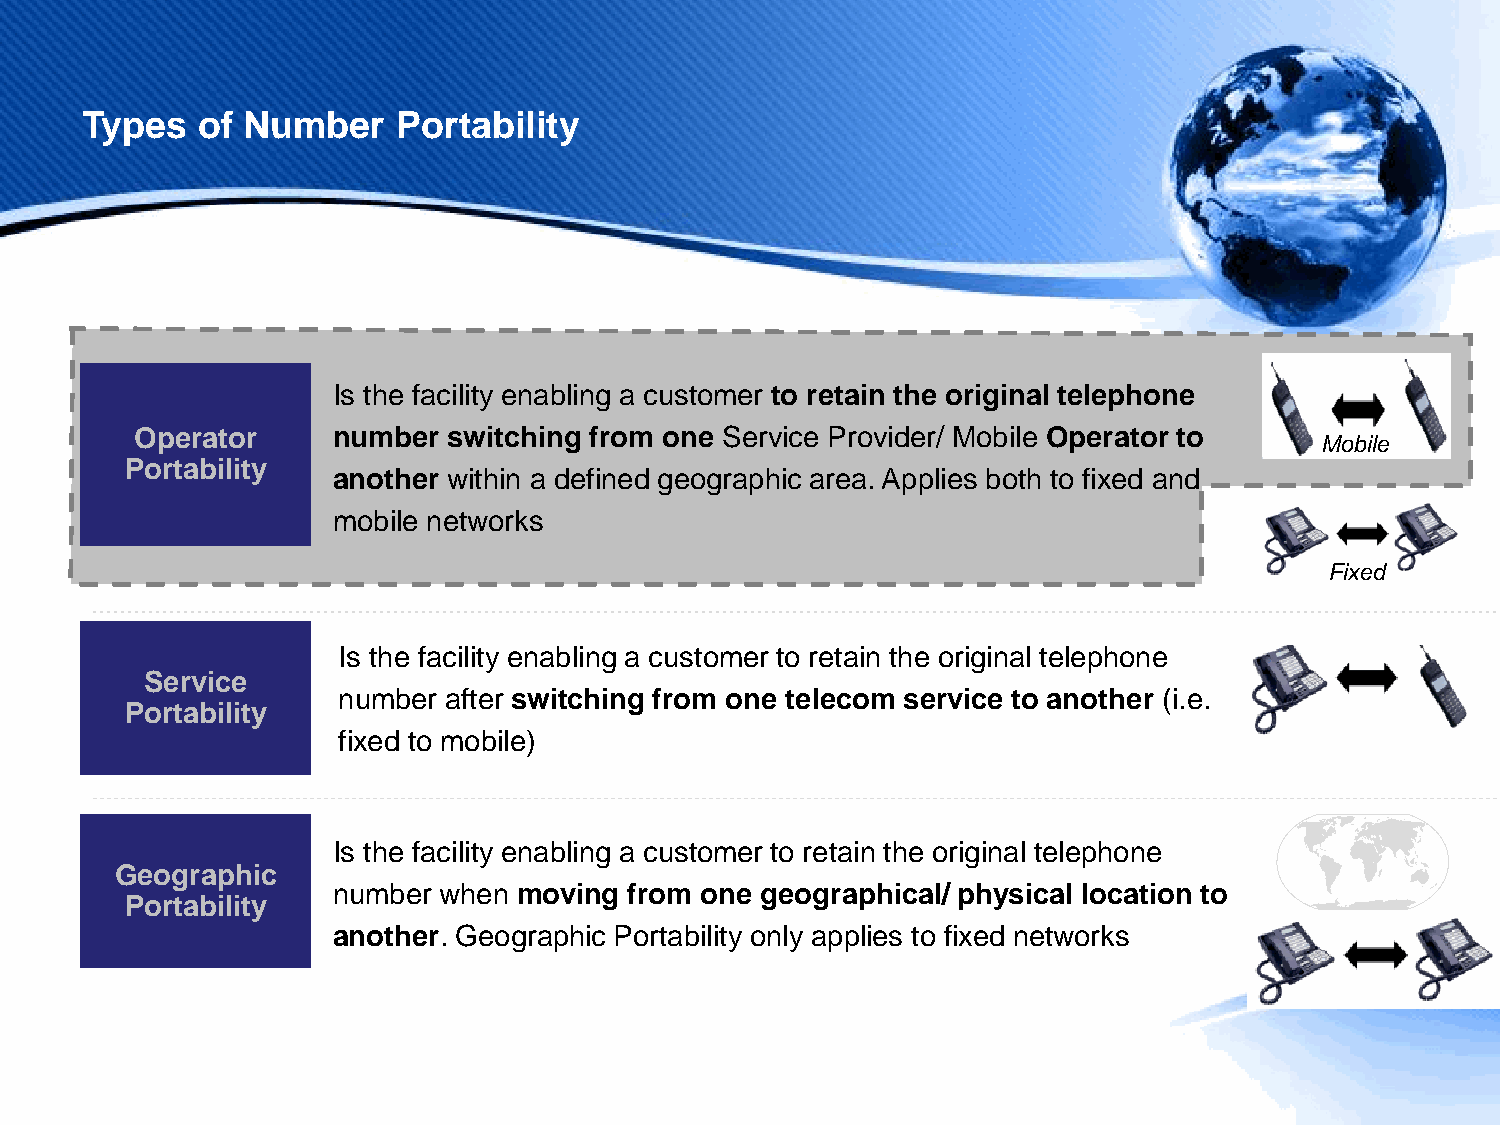
Types   of Number    Portability
 Is the facility enabling a customer to retain the original telephone
 Operator     number  switching from one Service Provider/ Mobile Operator to
 Mobile
 Portability
 another within a defined geographic area. Applies both to fixed and
 mobile networks
 Fixed
 Is the facility enabling a customer to retain the original telephone
 Service
 number after switching from one telecom service to another (i.e.
 Portability
 fixed to mobile)
 Is the facility enabling a customer to retain the original telephone
 Geographic
 number when moving  from one geographical/ physical location to
 Portability
 another. Geographic Portability only applies to fixed networks